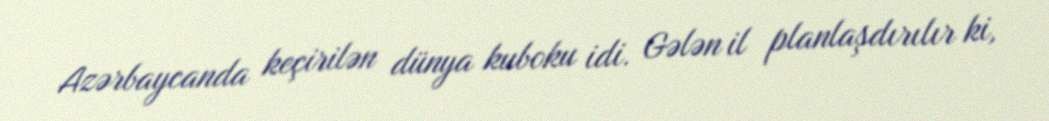
Azərbaycanda keçirilən dünya kuboku idi. Gələn il planlaşdırılır ki,